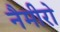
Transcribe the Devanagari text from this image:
नैमीरो